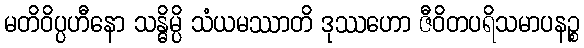
မတိဝိပ္ပဟီနော သန္ဓိမ္ပိ သံယမဿာတိ ဒုဿဟော ဇီဝိတပရိသမာပနဉ္စ